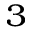
^ 3